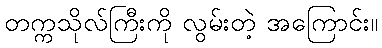
တက္ကသိုလ်ကြီးကို လွမ်းတဲ့ အကြောင်း။